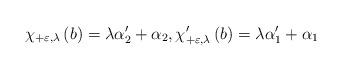
LaTeX: \begin{align*}\chi _{+\varepsilon ,\lambda }\left( b\right) =\lambda \alpha _{2}^{\prime}+\alpha _{2},\chi _{+\varepsilon ,\lambda }^{\prime }\left(b\right) =\lambda \alpha _{1}^{\prime }+\alpha _{1} \end{align*}